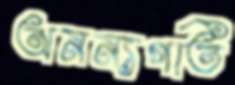
অনন্যগতি